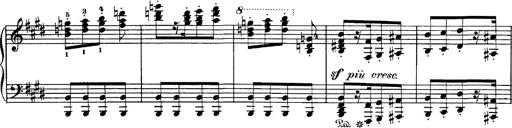
Title: Hungarian Rhapsody No.1
Composer: Franz Liszt
Key: C-sharp minor